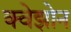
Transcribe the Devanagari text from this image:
क्वेझोन